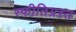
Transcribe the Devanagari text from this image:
स्फीतिग्रस्त